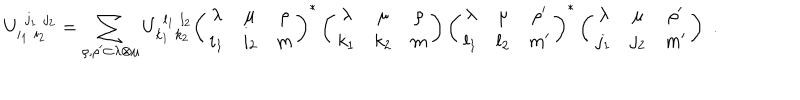
LaTeX: U _ { i _ { 1 } \, \, i _ { 2 } } ^ { \, \, j _ { 1 } \, \, j _ { 2 } } = \sum _ { \rho , \rho ^ { \prime } \subset \lambda \otimes \mu } U _ { k _ { 1 } \, \, k _ { 2 } } ^ { \, \, l _ { 1 } \, \, l _ { 2 } } \left( \begin{array} { c c c } { { \lambda } } & { { \mu } } & { { \rho } } \\ { { i _ { 1 } } } & { { i _ { 2 } } } & { { m } } \\ \end{array} \right) ^ { \ast } \left( \begin{array} { c c c } { { \lambda } } & { { \mu } } & { { \rho } } \\ { { k _ { 1 } } } & { { k _ { 2 } } } & { { m } } \\ \end{array} \right) \left( \begin{array} { c c c } { { \lambda } } & { { \mu } } & { { \rho ^ { \prime } } } \\ { { l _ { 1 } } } & { { l _ { 2 } } } & { { m ^ { \prime } } } \\ \end{array} \right) ^ { \ast } \left( \begin{array} { c c c } { { \lambda } } & { { \mu } } & { { \rho ^ { \prime } } } \\ { { j _ { 1 } } } & { { j _ { 2 } } } & { { m ^ { \prime } } } \\ \end{array} \right) \, \, .